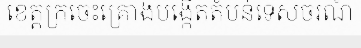
ខេត្តក្រចេះគ្រោងបង្កើតតំបន់ទេសចរណ៍